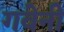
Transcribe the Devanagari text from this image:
गवेनी